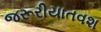
જરૂરીયાતવશ